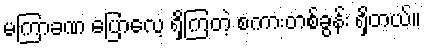
မကြာခဏ ပြောလေ့ ရှိကြတဲ့ စကားတစ်ခွန်း ရှိတယ်။